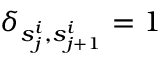
\delta _ { s _ { j } ^ { i } , s _ { j + 1 } ^ { i } } = 1